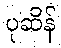
ပုဆိန်